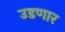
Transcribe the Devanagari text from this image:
उडणार